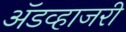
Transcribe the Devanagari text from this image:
ॲडव्हाजरी